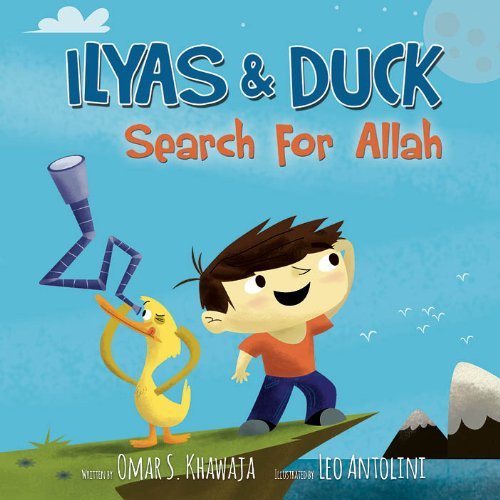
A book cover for Ilyas And Duck Search For Allah (Ilyas And Duck); Omar S. Khawaja; Children's Books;